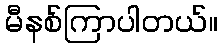
မီနစ်ကြာပါတယ်။